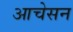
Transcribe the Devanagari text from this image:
आचेसन